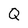
Character: Q